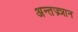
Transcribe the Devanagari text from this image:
अन्तज्र्ञान